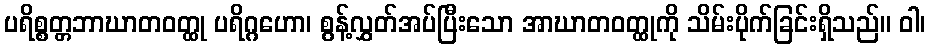
ပရိစ္စတ္တဘာဃာတဝတ္ထု ပရိဂ္ဂဟော၊ စွန့်လွှတ်အပ်ပြီးသော အာဃာတဝတ္ထုကို သိမ်းပိုက်ခြင်းရှိသည်။ ဝါ၊